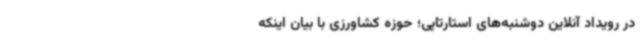
در رویداد آنلاین دوشنبه‌های استارتاپی؛ حوزه کشاورزی با بیان اینکه